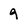
Character: 9